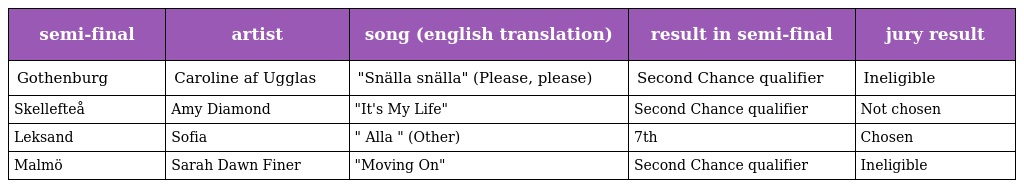
| semi-final | artist | song (english translation) | result in semi-final | jury result |
 | --- | --- | --- | --- | --- |
 | Gothenburg | Caroline af Ugglas | "Snälla snälla" (Please, please) | Second Chance qualifier | Ineligible |
 | Skellefteå | Amy Diamond | "It's My Life" | Second Chance qualifier | Not chosen |
 | Leksand | Sofia | " Alla " (Other) | 7th | Chosen |
 | Malmö | Sarah Dawn Finer | "Moving On" | Second Chance qualifier | Ineligible |